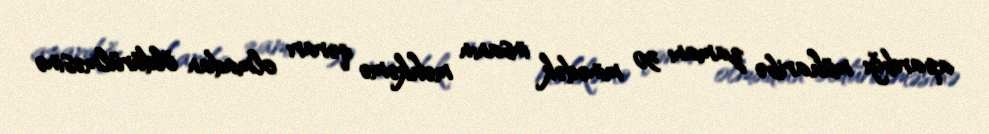
apardığı müharibə zamanı 30 minədək insanın məhkəmə qərarı olmadan öldürülməsinə